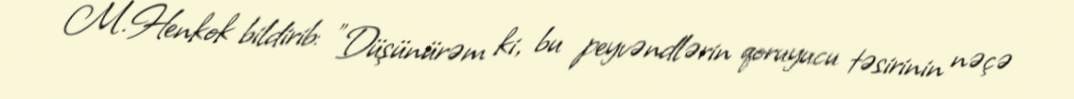
M.Henkok bildirib: "Düşünürəm ki, bu peyvəndlərin qoruyucu təsirinin nəçə